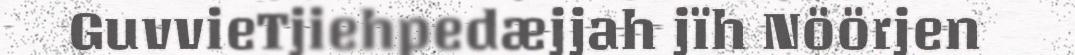
GuvvieTjiehpedæjjah jïh Nöörjen